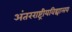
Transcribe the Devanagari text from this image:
अंतरराष्ट्रीयविद्यालय